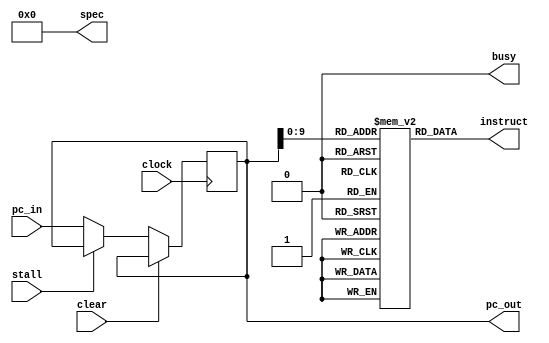
module Fetch_lame 
#(
    parameter W_addr_pah = 5,
    parameter W_data_pah = 32,
    parameter W_addr_arh = 5,
    parameter W_data_arh = 32
)

(
    //////////// output data flow
    output wire[W_data_arh-1:0] instruct,
    output wire[W_data_arh-1:0] pc_out,
    output wire[W_data_arh-1:0] spec,
    output wire busy,
    ////////////// input data control unit
    input wire[W_data_arh-1:0] pc_in,
    ////////////// input control
    input  wire stall,
    input  wire clear,
    input  wire clock
);
    ///// variable declar
    reg[W_data_arh-1:0] pc;
    reg                 clear_status;
    reg                 stall_status;
    reg[W_data_arh-1:0] lame_storage[1<<10-1:0];
    ///// assign input

    ///////////////////////manage status////
    always @(posedge clock) begin
       
        if ( clear )begin
            
            clear_status <= 1;
            stall_status <= 0;

        end else begin
            
            clear_status <= 0;
            if ( stall )begin
                stall_status <= 1;
            end else begin
                stall_status <= 0;
                pc <= pc_in;
            end
        
        end
    
    end

    //////////////////////////////////////////////

        ///// assign output
    assign busy = 0;
    assign spec = 0;
    assign pc_out = pc;
    assign instruct = lame_storage[pc];




    
endmodule